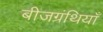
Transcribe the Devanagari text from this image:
बीजग्रंथियाँ